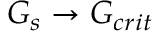
G _ { s } \rightarrow G _ { c r i t }